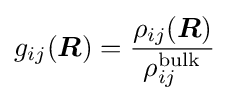
g_{ij}({\boldsymbol {R}})={\frac {\rho _{ij}({\boldsymbol {R}})}{\rho _{ij}^{\text{bulk}}}}